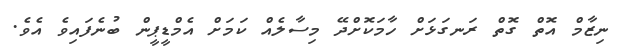
ނިޒާމް އޮތް ގޮތް ރަނގަޅަށް ހާމަކޮށްދޭ މިސާލެއް ކަމަށް އެމްޑީޕީން ބުނެފައިވެ އެވެ.